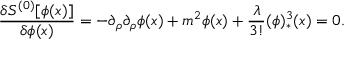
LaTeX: { \frac { \delta S ^ { ( 0 ) } [ \phi ( x ) ] } { \delta \phi ( x ) } } = - \partial _ { \rho } \partial _ { \rho } \phi ( x ) + m ^ { 2 } \phi ( x ) + { \frac { \lambda } { 3 ! } } ( \phi ) _ { * } ^ { 3 } ( x ) = 0 .